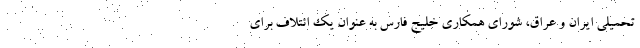
تحميلي ايران و عراق، شوراي همكاري خليج فارس به عنوان يك ائتلاف براي